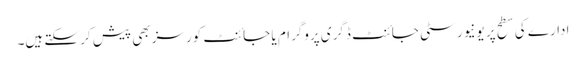
ادارے کی سطح پر یونیورسٹی جائنٹ ڈگری پروگرام یا جائنٹ کورسز بھی پیش کر سکتے ہیں۔